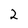
Character: 2